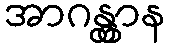
အာဂန္တွာန